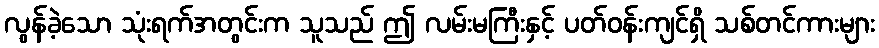
လွန်ခဲ့သော သုံးရက်အတွင်းက သူသည် ဤ လမ်းမကြီးနှင့် ပတ်ဝန်းကျင်ရှိ သစ်တင်ကားများ